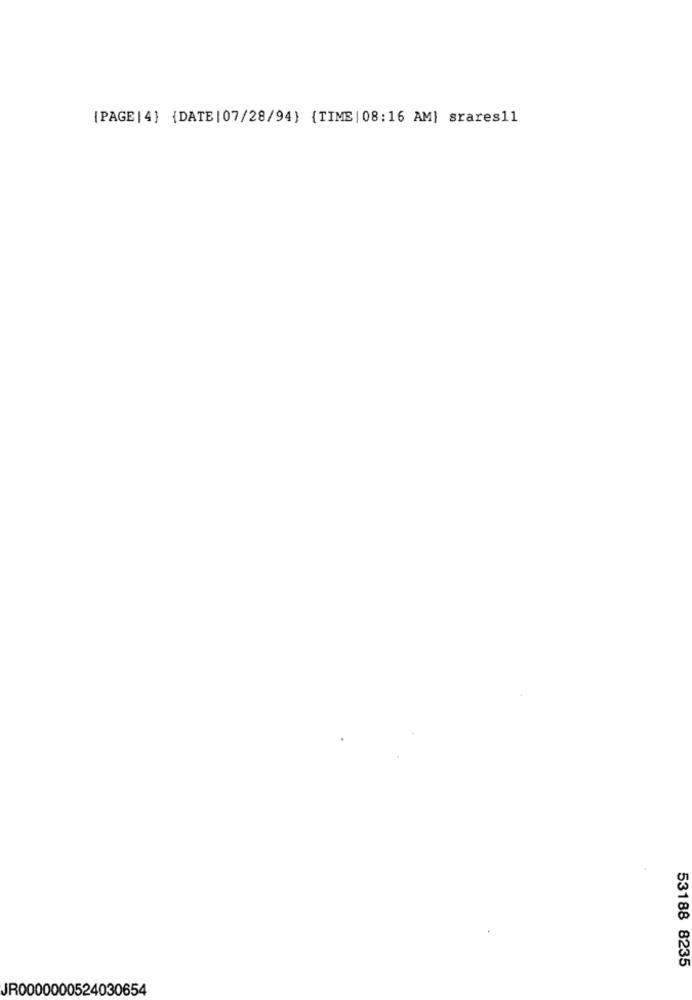
{PAGE | 4} {DATE | 07/28/94} {TIME | 08:16 AM] srares11
53188 8235
JR0000000524030654